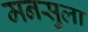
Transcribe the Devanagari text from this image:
मनसुला